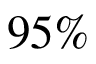
9 5 \%